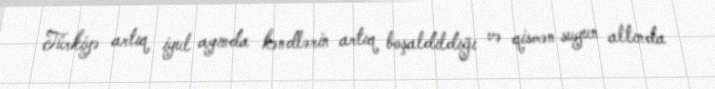
Türkiyə artıq iyul ayında kəndlərin artıq boşaldıldığı və qismən suyun altında